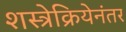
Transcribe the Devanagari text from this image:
शस्त्रेक्रियेनंतर